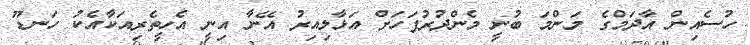
ހުސެއިން އާދަމްގެ މަންމަ ބުނީ މެންދުރުފަހަށް އަޅާލިއިރު އޭނާ އިނީ އެހީތެރިއަކާއެކު ހަނޑޫ